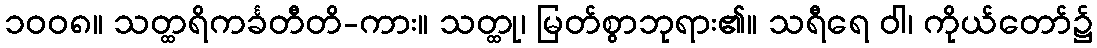
၁၀၀၈။ သတ္ထရိကင်္ခတီတိ-ကား။ သတ္ထု၊ မြတ်စွာဘုရား၏။ သရီရေ ဝါ၊ ကိုယ်တော်၌